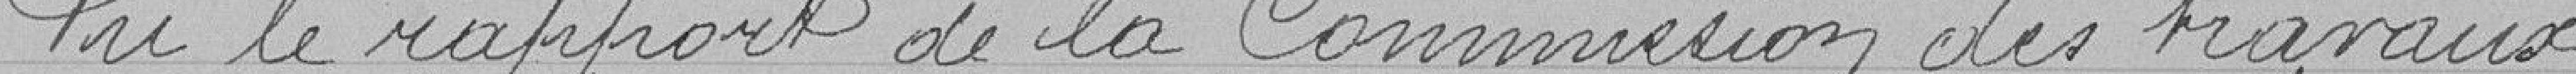
Vu le rapport de la Commission des travaux